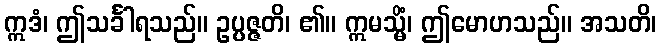
ဣဒံ၊ ဤသင်္ခါရသည်။ ဥပ္ပဇ္ဇတိ၊ ၏။ ဣမသ္မိံ၊ ဤမောဟသည်။ အသတိ၊